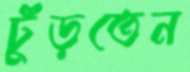
ঢুঁড়তেন